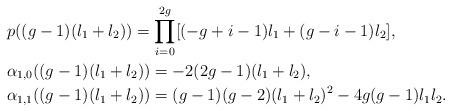
LaTeX: \begin{align*}& p((g - 1)(l_1 + l_2)) = \prod_{i = 0}^{2g}[(-g + i - 1)l_1 + (g - i - 1)l_2],\\& \alpha_{1,0}((g - 1)(l_1 + l_2)) = -2(2g - 1)(l_1 + l_2), \\& \alpha_{1,1}((g - 1)(l_1 + l_2)) = (g - 1)(g - 2)(l_1 + l_2)^2 - 4g(g - 1)l_1l_2.\end{align*}